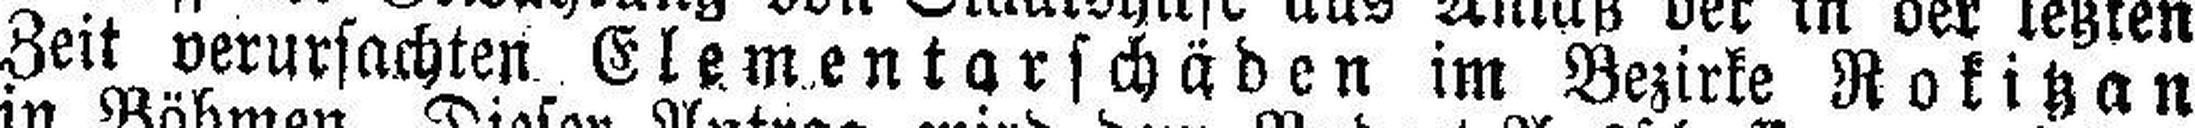
Zeit verursachten Elementarschäden im Bezirke Rokitzan